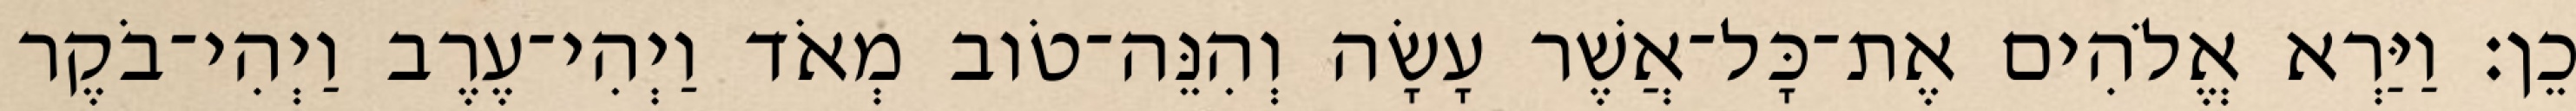
כֵן׃ וַיַּרְא אֱלֹהִים אֶת־כָּל־אֲשֶׁר עָשָׂה וְהִנֵּה־טֹוב מְאֹד וַיְהִי־עֶרֶב וַיְהִי־בֹקֶר